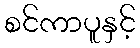
စင်ကာပူနှင့်